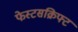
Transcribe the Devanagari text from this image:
फेस्टसक्रिफ्ट